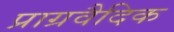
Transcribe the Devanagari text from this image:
प्राग्रवैदिक